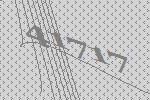
41717